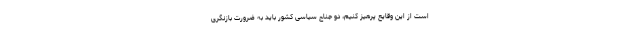
است از این وقایع پرهیز کنیم، دو جناح سیاسی کشور باید به ضرورت بازنگری